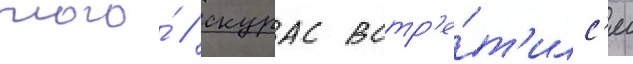
того́ / скурас встр'е́т'илс'я